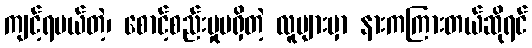
ကျင့်ရမယ်တဲ့၊ စောင့်စည်းမှုမရှိတဲ့ လူများမှာ နားကကြားတယ်ဆိုရင်